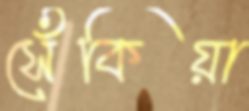
সেঁকিয়া